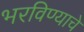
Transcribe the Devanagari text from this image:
भरविण्याचे